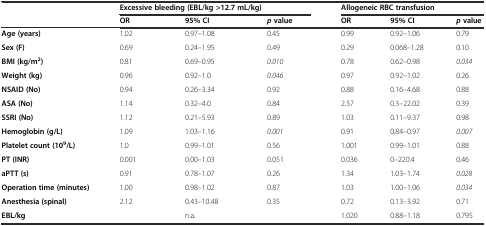
<table><thead><tr><td></td><td colspan="3"><b>Excessive bleeding (EBL/kg &gt;12.7 mL/kg)</b></td><td colspan="3"><b>Allogeneic RBC transfusion</b></td></tr><tr><td></td><td><b>OR</b></td><td><b>95% CI</b></td><td><b><i>p</i>value</b></td><td><b>OR</b></td><td><b>95% CI</b></td><td><b><i>p</i>value</b></td></tr></thead><tbody><tr><td><b>Age</b><b> (years)</b></td><td>1.02</td><td>0.97–1.08</td><td>0.45</td><td>0.99</td><td>0.92–1.06</td><td>0.79</td></tr><tr><td><b>Sex</b><b>(F)</b></td><td>0.69</td><td>0.24–1.95</td><td>0.49</td><td>0.29</td><td>0.068–1.28</td><td>0.10</td></tr><tr><td><b>BMI</b><b> (kg/</b><b>m</b><sup><b>2</b></sup><b>)</b></td><td>0.81</td><td>0.69–0.95</td><td><i>0.010</i></td><td>0.78</td><td>0.62–0.98</td><td><i>0.034</i></td></tr><tr><td><b>Weight</b><b> (kg)</b></td><td>0.96</td><td>0.92–1.0</td><td><i>0.046</i></td><td>0.97</td><td>0.92–1.02</td><td>0.26</td></tr><tr><td><b>NSAID</b><b> (No)</b></td><td>0.94</td><td>0.26–3.34</td><td>0.92</td><td>0.88</td><td>0.16–4.68</td><td>0.88</td></tr><tr><td><b>ASA</b><b> (No)</b></td><td>1.14</td><td>0.32–4.0</td><td>0.84</td><td>2.57</td><td>0.3–22.02</td><td>0.39</td></tr><tr><td><b>SSRI</b><b> (No)</b></td><td>1.12</td><td>0.21–5.93</td><td>0.89</td><td>1.03</td><td>0.11–9.37</td><td>0.98</td></tr><tr><td><b>Hemoglobin</b><b> (g/</b><b>L)</b></td><td>1.09</td><td>1.03–1.16</td><td><i>0.001</i></td><td>0.91</td><td>0.84–0.97</td><td><i>0.007</i></td></tr><tr><td><b>Platelet count</b><b> (10</b><sup><b>9</b></sup><b>/L)</b></td><td>1.0</td><td>0.99–1.01</td><td>0.56</td><td>1.001</td><td>0.99–1.01</td><td>0.88</td></tr><tr><td><b>PT</b><b> (INR)</b></td><td>0.001</td><td>0.00–1.03</td><td>0.051</td><td>0.036</td><td>0–220.4</td><td>0.46</td></tr><tr><td><b>aPTT</b><b> (s)</b></td><td>0.91</td><td>0.78–1.07</td><td>0.26</td><td>1.34</td><td>1.03–1.74</td><td><i>0.028</i></td></tr><tr><td><b>Operation time</b><b> (minutes)</b></td><td>1.00</td><td>0.98–1.02</td><td>0.87</td><td>1.03</td><td>1.00–1.06</td><td><i>0.034</i></td></tr><tr><td><b>Anesthesia</b><b> (spinal)</b></td><td>2.12</td><td>0.43–10.48</td><td>0.35</td><td>0.72</td><td>0.13–3.92</td><td>0.71</td></tr><tr><td><b>EBL/</b><b>kg</b></td><td></td><td>n.a.</td><td></td><td>1.020</td><td>0.88–1.18</td><td>0.795</td></tr></tbody></table>